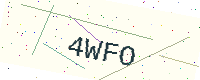
Text: 4WFO